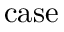
\mathrm { c a s e }